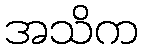
အသိက